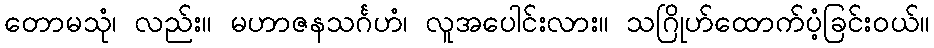
တောမသုံ၊ လည်း။ မဟာဇနသင်္ဂဟံ၊ လူအပေါင်းလား။ သဂြိုဟ်ထောက်ပံ့ခြင်းဝယ်။